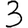
Digit: 3